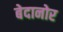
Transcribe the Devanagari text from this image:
बेदानोर